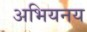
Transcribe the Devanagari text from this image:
अभियनय